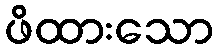
ဖိထားသော